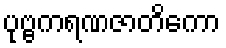
ပုဗ္ဗကရဏဇာတိကော